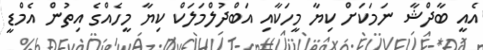
އެއީ ބާދްޝާ ނަމަކަށް ކިޔާ މީހަކާއި އަބްދުލްމަލަކް ކިޔާ މީހެއްގެ އިތުން އެމްޑީ